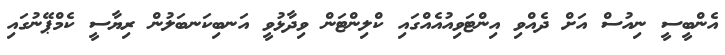
އެންބީސީ ނިއުސް އަށް ދެއްވި އިންޓަވިއުއެއްގައި ކްލިންޓަން ވިދާޅުވީ އަނބިކަނބަލުން ރިޔާސީ ކެމްޕޭނުގައި